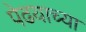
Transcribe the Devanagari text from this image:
पेढयाच्या